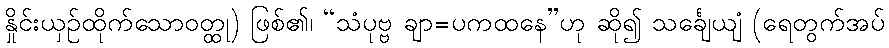
နှိုင်းယှဉ်ထိုက်သောဝတ္ထု) ဖြစ်၏၊ “သံပုဗ္ဗ ချာ=ပကထနေ”ဟု ဆို၍ သင်္ချေယျံ (ရေတွက်အပ်